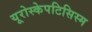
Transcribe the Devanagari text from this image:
यूरोस्केपटिसिस्म